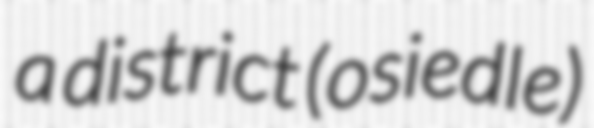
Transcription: a district (osiedle)